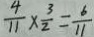
\frac { 4 } { 1 1 } \times \frac { 3 } { 2 } = \frac { 6 } { 1 1 }